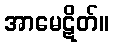
အာမေဋိတ်။